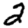
Digit: 2